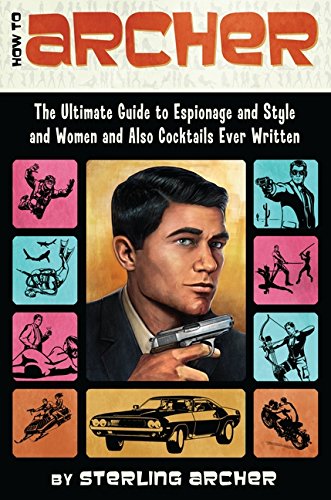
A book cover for How to Archer: The Ultimate Guide to Espionage and Style and Women and Also Cocktails Ever Written; Sterling Archer; Humor & Entertainment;